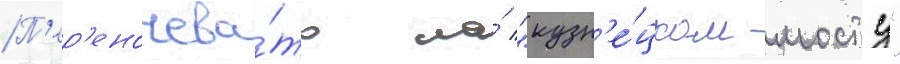
П'ер'еночева́ть на́ "кузн'е́цком мосту"